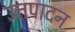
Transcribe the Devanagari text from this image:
उत्तपादन